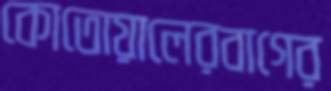
কোতোয়ালেরবাগের